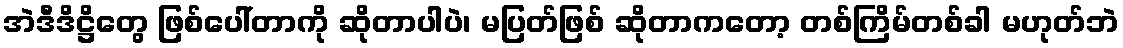
အဲဒီဒိဋ္ဌိတွေ ဖြစ်ပေါ်တာကို ဆိုတာပါပဲ၊ မပြတ်ဖြစ် ဆိုတာကတော့ တစ်ကြိမ်တစ်ခါ မဟုတ်ဘဲ